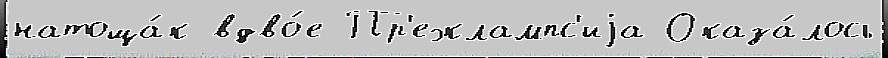
натоща́к вдво́е Пр'еэклампс'иjа Оказа́лось